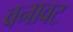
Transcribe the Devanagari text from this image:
वनावट